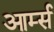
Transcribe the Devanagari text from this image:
आर्म्‍स